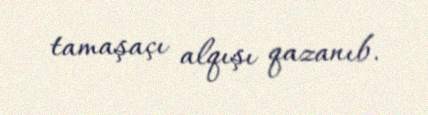
tamaşaçı alqışı qazanıb.